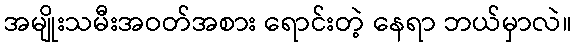
အမျိုးသမီးအဝတ်အစား ရောင်းတဲ့ နေရာ ဘယ်မှာလဲ။